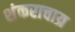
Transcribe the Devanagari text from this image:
शंकराचाय्र